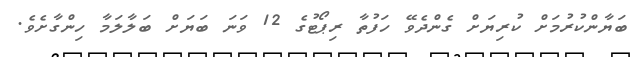
ބަޔާންކުރުމަށް ކުރިޔަށް ގެންދެވޭ ހަފުތާ ރިޕޯޓުގެ 12 ވަނަ ބަޔަށް ބަލާލަމާ ހިންގާށެވެ.